Civil Veterinary Department ledger series I-VI
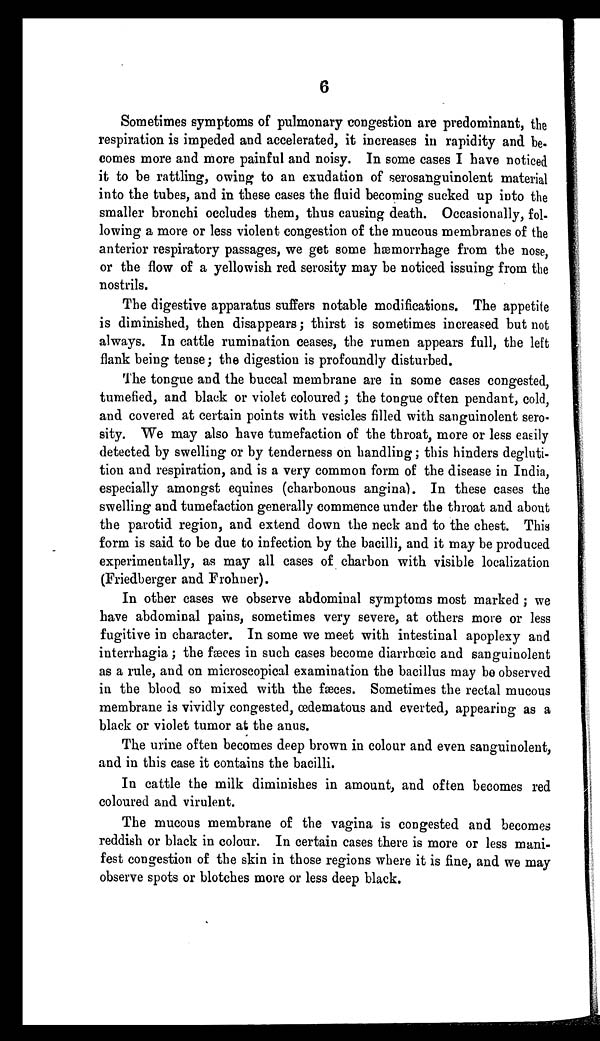
6
Sometimes symptoms of pulmonary congestion are predominant, the
respiration is impeded and accelerated, it increases in rapidity and be-
comes more and more painful and noisy. In some cases I have noticed
it to be rattling, owing to an exudation of serosanguinolent material
into the tubes, and in these cases the fluid becoming sucked up into the
smaller bronchi occludes them, thus causing death. Occasionally, fol-
lowing a more or less violent congestion of the mucous membranes of the
anterior respiratory passages, we get some hæmorrhage from the nose,
or the flow of a yellowish red serosity may be noticed issuing from the
nostrils.
The digestive apparatus suffers notable modifications. The appetite
is diminished, then disappears; thirst is sometimes increased but not
always. In cattle rumination ceases, the rumen appears full, the left
flank being tense; the digestion is profoundly disturbed.
The tongue and the buccal membrane are in some cases congested,
tumefied, and black or violet coloured; the tongue often pendant, cold,
and covered at certain points with vesicles filled with sanguinolent sero-
sity. We may also have tumefaction of the throat, more or less easily
detected by swelling or by tenderness on handling; this hinders degluti-
tion and respiration, and is a very common form of the disease in India,
especially amongst equines (charbonous angina). In these cases the
swelling and tumefaction generally commence under the throat and about
the parotid region, and extend down the neck and to the chest. This
form is said to be due to infection by the bacilli, and it may be produced
experimentally, as may all cases of charbon with visible localization
(Friedberger and Frohner).
In other cases we observe abdominal symptoms most marked; we
have abdominal pains, sometimes very severe, at others more or less
fugitive in character. In some we meet with intestinal apoplexy and
interrhagia; the fæces in such cases become diarrhœic and sanguinolent
as a rule, and on microscopical examination the bacillus may be observed
in the blood so mixed with the fæces. Sometimes the rectal mucous
membrane is vividly congested, œdematous and everted, appearing as a
black or violet tumor at the anus.
The urine often becomes deep brown in colour and even sanguinolent,
and in this case it contains the bacilli.
In cattle the milk diminishes in amount, and often becomes red
coloured and virulent.
The mucous membrane of the vagina is congested and becomes
reddish or black in colour. In certain cases there is more or less mani-
fest congestion of the skin in those regions where it is fine, and we may
observe spots or blotches more or less deep black.